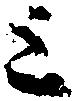
三